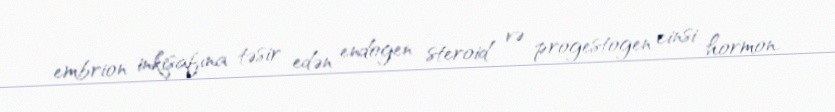
embrion inkişafına təsir edən endogen steroid və progestogen cinsi hormon.